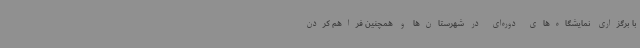
با برگزاری نمایشگاه‌های دوره‌ای در شهرستان‌ها و همچنین فراهم کردن